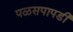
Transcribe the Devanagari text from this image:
पळसपापडी